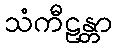
သံကီဠန္တာ